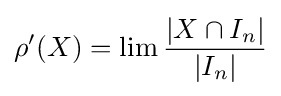
\rho '(X)=\lim {\frac {|X\cap I_{n}|}{|I_{n}|}}